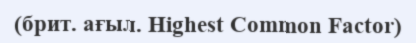
(брит. ағыл. Highest Common Factor)